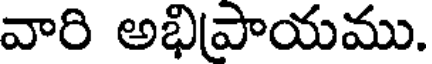
వారి అభిపాయము.